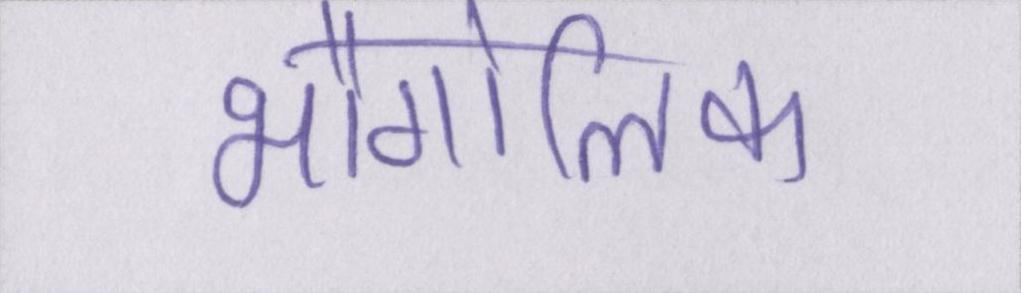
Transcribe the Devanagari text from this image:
भौगोलिक